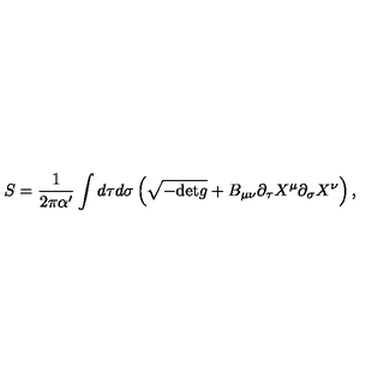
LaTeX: S = \frac { 1 } { 2 \pi \alpha ^ { \prime } } \int d \tau d \sigma \left( \sqrt { - \mathrm { d e t } g } + B _ { \mu \nu } \partial _ { \tau } X ^ { \mu } \partial _ { \sigma } X ^ { \nu } \right) ,